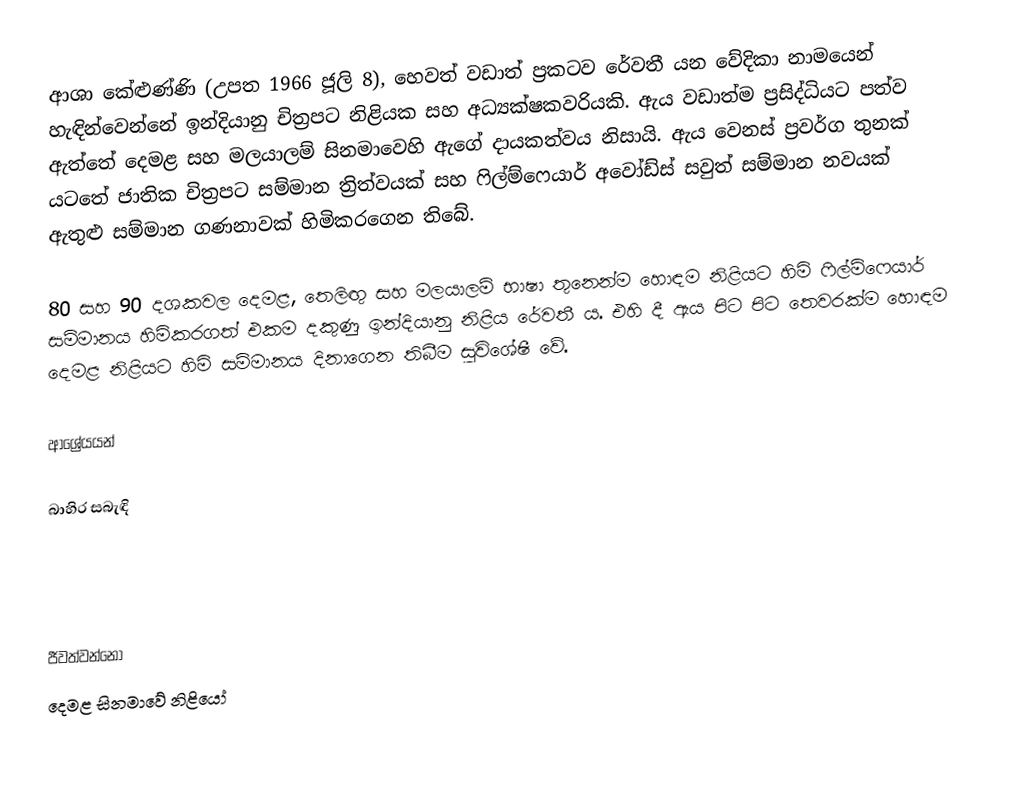
ආශා කේළුණ්ණි (උපත 1966 ජූලි 8), හෙවත් වඩාත් ප්‍රකටව රේවතී යන වේදිකා නාමයෙන් හැඳින්වෙන්නේ ඉන්දියානු චිත්‍රපට නිළියක සහ අධ්‍යක්ෂකවරියකි. ඇය වඩාත්ම ප්‍රසිද්ධියට පත්ව ඇත්තේ දෙමළ සහ මලයාලම් සිනමාවෙහි ඇගේ දායකත්වය නිසායි. ඇය වෙනස් ප්‍රවර්ග තුනක් යටතේ ජාතික චිත්‍රපට සම්මාන ත්‍රිත්වයක් සහ ෆිල්ම්ෆෙයාර් අවෝඩ්ස් සවුත් සම්මාන නවයක් ඇතුළු සම්මාන ගණනාවක් හිමිකරගෙන තිබේ.

80 සහ 90 දශකවල දෙමළ, තෙලිඟු සහ මලයාලම් භාෂා තුනෙන්ම හොඳම නිළියට හිමි ෆිල්ම්ෆෙයාර් සම්මානය හිමිකරගත් එකම දකුණු ඉන්දියානු නිළිය රේවතී ය. එහි දී ඇය පිට පිට තෙවරක්ම හොඳම දෙමළ නිළියට හිමි සම්මානය දිනාගෙන තිබීම සුවිශේෂී වේ.

ආශ්‍රේයයන්

බාහිර සබැඳි

ජීවත්වන්නෝ
දෙමළ සිනමාවේ නිළියෝ